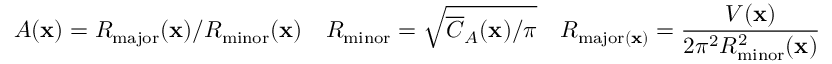
A ( \mathbf { x } ) = R _ { \mathrm { m a j o r } } ( \mathbf { x } ) / R _ { \mathrm { m i n o r } } ( \mathbf { x } ) \quad R _ { \mathrm { m i n o r } } = \sqrt { \overline { { C } } _ { A } ( \mathbf { x } ) / \pi } \quad R _ { \mathrm { m a j o r } ( \mathbf { x } ) } = \frac { V ( \mathbf { x } ) } { 2 \pi ^ { 2 } R _ { \mathrm { m i n o r } } ^ { 2 } ( \mathbf { x } ) }